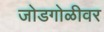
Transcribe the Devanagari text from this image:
जोडगोळीवर